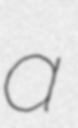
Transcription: a